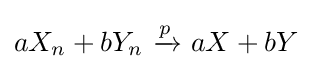
aX_{n}+bY_{n}\ {\xrightarrow {\overset {}{p}}}\ aX+bY